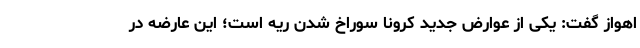
اهواز گفت: یکی از عوارض جدید کرونا سوراخ شدن ریه است؛ این عارضه در